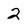
Character: 2